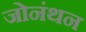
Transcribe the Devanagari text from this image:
जोनंथन